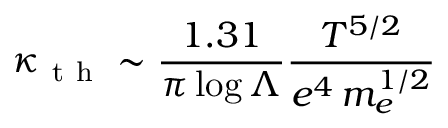
\kappa _ { \mathrm { ~ t ~ h ~ } } \sim \frac { 1 . 3 1 } { \pi \log \Lambda } \frac { T ^ { 5 / 2 } } { e ^ { 4 } \, m _ { e } ^ { 1 / 2 } }